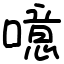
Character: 噫